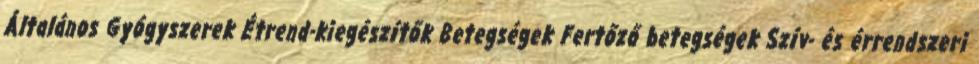
Általános Gyógyszerek Étrend-kiegészítők Betegségek Fertőző betegségek Szív- és érrendszeri